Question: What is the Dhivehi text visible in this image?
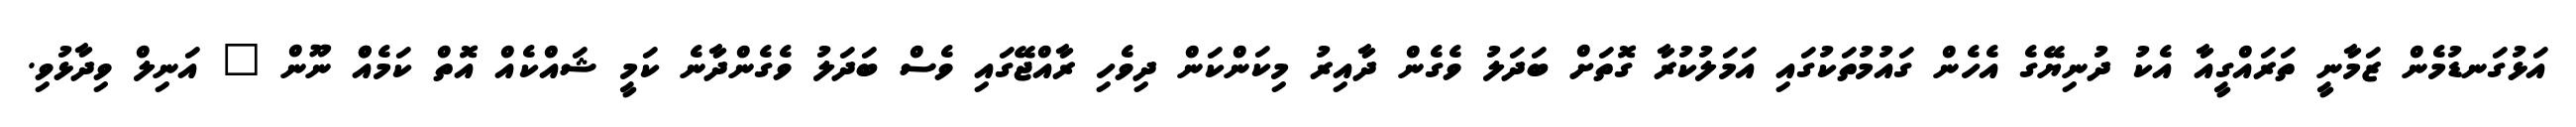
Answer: އަޅުގަނޑުމެން ޒަމާނީ ތަރައްގީއާ އެކު ދުނިޔޭގެ އެހެން ގައުމުތަކުގައި އަމަލުކުރާ ގޮތަށް ބަދަލު ވެގެން ދާއިރު މިކަންކަން ދިވެހި ރާއްޖޭގައި ވެސް ބަދަލު ވެގެންދާނެ ކަމީ ޝައްކެއް އޮތް ކަމެއްް ނޫން " އަނިލް ވިދާޅުވި.